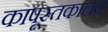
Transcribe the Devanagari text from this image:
कापूस्तकालय